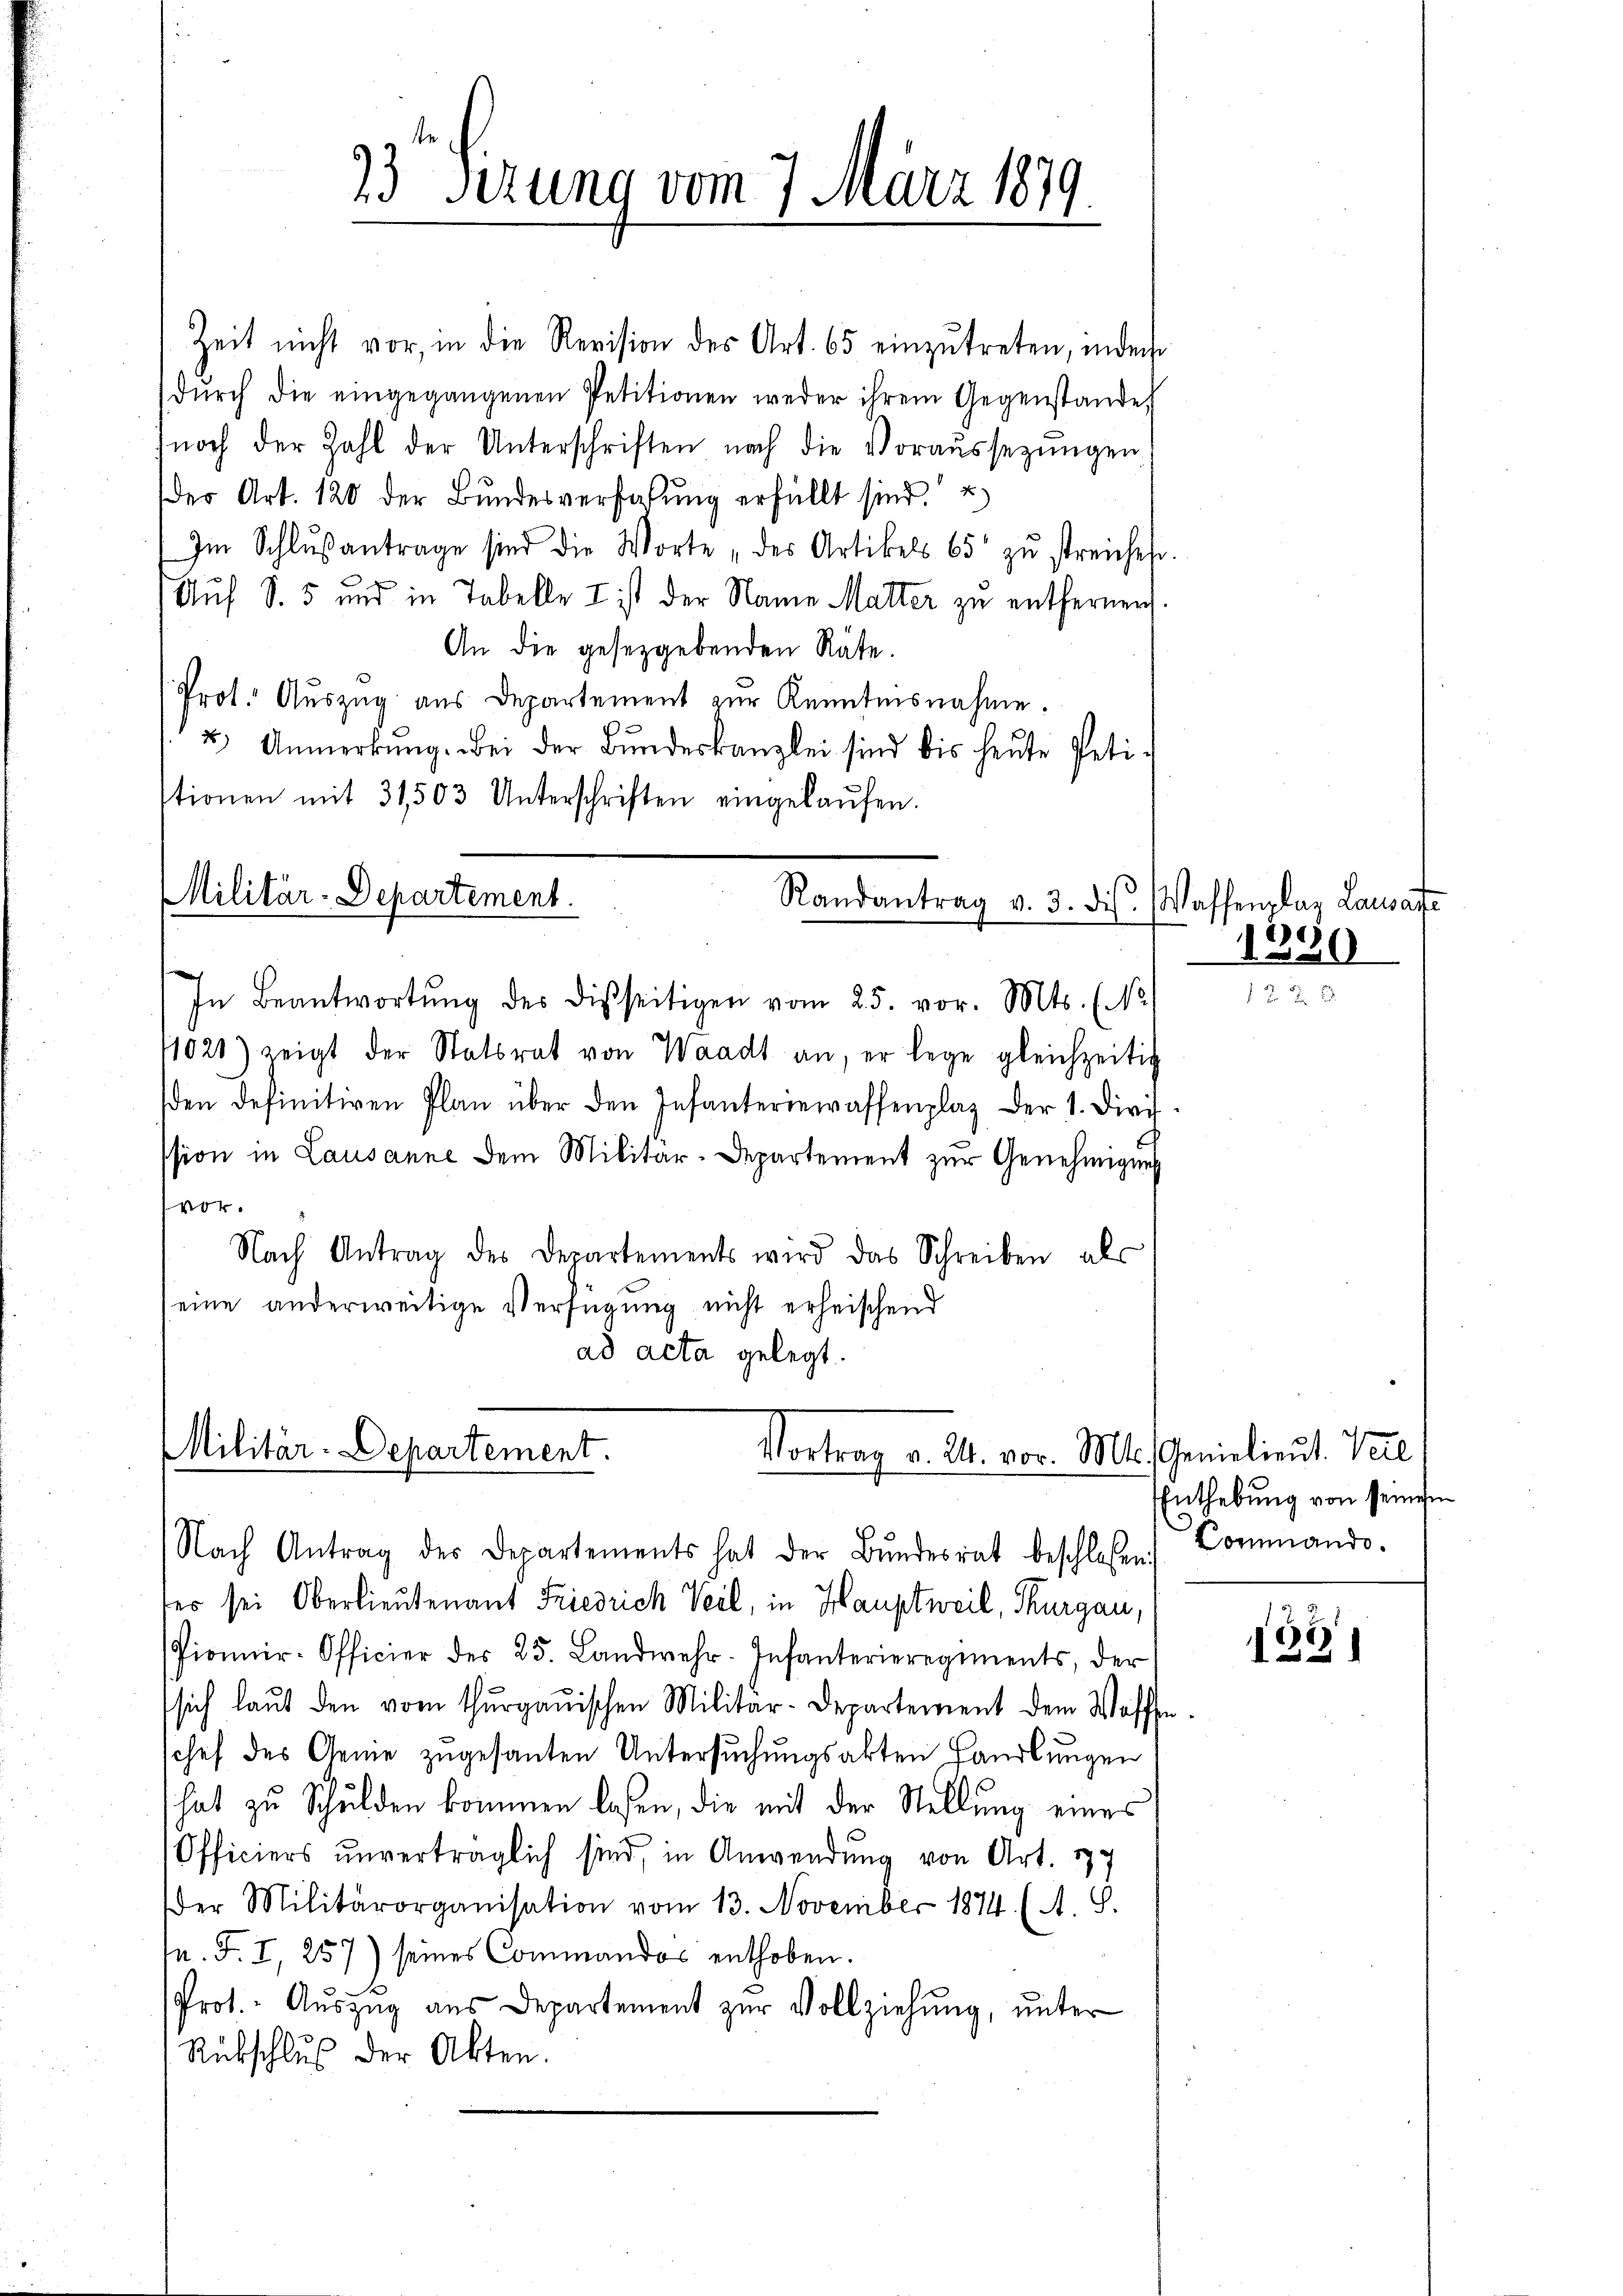
33. Ferung vom 7. März 1879.

Zeit nicht vor, in die Revision des Art. 65 einzŭtreten, inder
dŭrch die eingegangenen Petitionen weder ihrem Gegenstände,
noch der Zahl der Unterschriften nach die Voraussetzŭngen
der Art. 120 der Bundesverfaßung erfüllt sind. u
Im Schlŭsantrage sind die Worte „des Artikels 65 zŭ streiches.
Auf S. 5 und in Tabelle I ist der Name Matter zu entfernen.
An die gesetzgebenden Räte.
Prot. Aŭszŭg aŭs Departement zŭr Kenntnisnahme.
2 Anmerkŭng. Bei der Bundeskanzlei sind bis heute Petistionen mit 31503 Unterschriften eingelaŭfen.

Militär-Departement.
Randantrag v. 3. ds. Waffenplaz Lausare

s
In Beantwortŭng des disseitigen vom 25. vor. Mts. (No
1021) zeigt der Statsrat von Waadt an, er lege gleichzeitig
den definitiven Plan über den Infanteriewaffenplaz der 1. Dire
ssion in Lausanne dem Militär-Departement zur Genehmigung
vor.
Nach Antrag des Departements wird das Schreiben als
eine anderweitige Verfügung nicht erheischend
ad acta gelegt.

Militär-Departement.
Vortrag v. 24. vor. Mt.

Nach Antrag des Departements hat der Bŭndesrat beschlossen:
ter sei Oberlieutenant Friedrich Veil, in Hauptweil, Thurgau,
Pionnir-Officier des 25. Landwehr. Infanterieregiments, der
sich laut den vom Thurgauischen Militär-Departement dem Waffe
schef des Geme zugesanten Untersuchungsakten Handlungen
hat zu Schulden kommen lasen, die mit der Stellung eines
Officiers unverträglich sind, in Anwendung von Art. 777
der Militärorganisation vom 13. November 1874. (A. S.
u. F. I, 257) seines Commandos enthoben.
Prot. Auszug aus Departement zur Vollziehung, unter
Rückschlus der Akten.

e
120

Genielieut. Verl
Enthebung von seinesen
Commando.

1983)